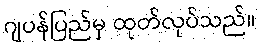
ဂျပန်ပြည်မှ ထုတ်လုပ်သည်။